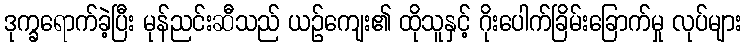
ဒုက္ခရောက်ခဲ့ပြီး မုန်ညင်းဆီသည် ယဉ်ကျေး၏ ထိုသူနှင့် ဂိုးပေါက်ခြိမ်းခြောက်မှု လုပ်များ